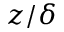
z / \delta